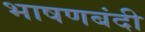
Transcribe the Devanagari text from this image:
भाषणबंदी